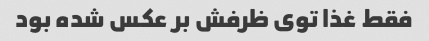
فقط غذا توی ظرفش بر عکس شده بود